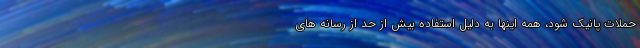
حملات پانیک شود، همه اینها به دلیل استفاده بیش از حد از رسانه های